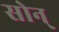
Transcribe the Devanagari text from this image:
सोन्